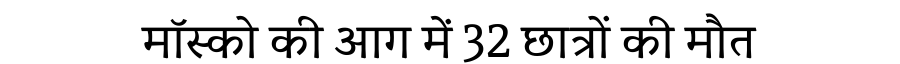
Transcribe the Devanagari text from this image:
मॉस्को की आग में 32 छात्रों की मौत